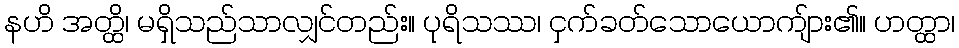
နဟိ အတ္ထိ၊ မရှိသည်သာလျှင်တည်း။ ပုရိသဿ၊ ငှက်ခတ်သောယောကျ်ား၏။ ဟတ္ထာ၊